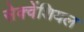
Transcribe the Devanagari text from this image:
सेक्वेंशियल